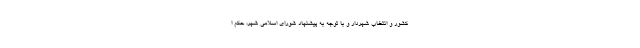
کشور و انتخاب شهردار و با توجه به پیشنهاد شورای اسلامی شهر، حکم ا